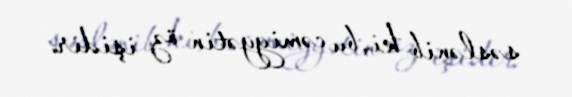
səslənib ki, bu cəmiyyətin öz işidir.